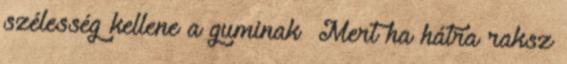
szélesség kellene a guminak Mert ha hátra raksz